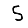
Digit: 5